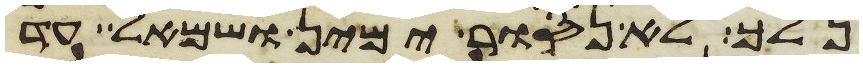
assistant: נלך לא נסור ימין ושמאל עד